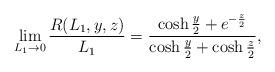
LaTeX: \begin{align*}\lim_{L_1\to0}\frac{R(L_1,y,z)}{L_1}=\frac{\cosh\frac{y}{2}+e^{-\frac{z}{2}}}{\cosh\frac{y}{2}+\cosh\frac{z}{2}},\end{align*}